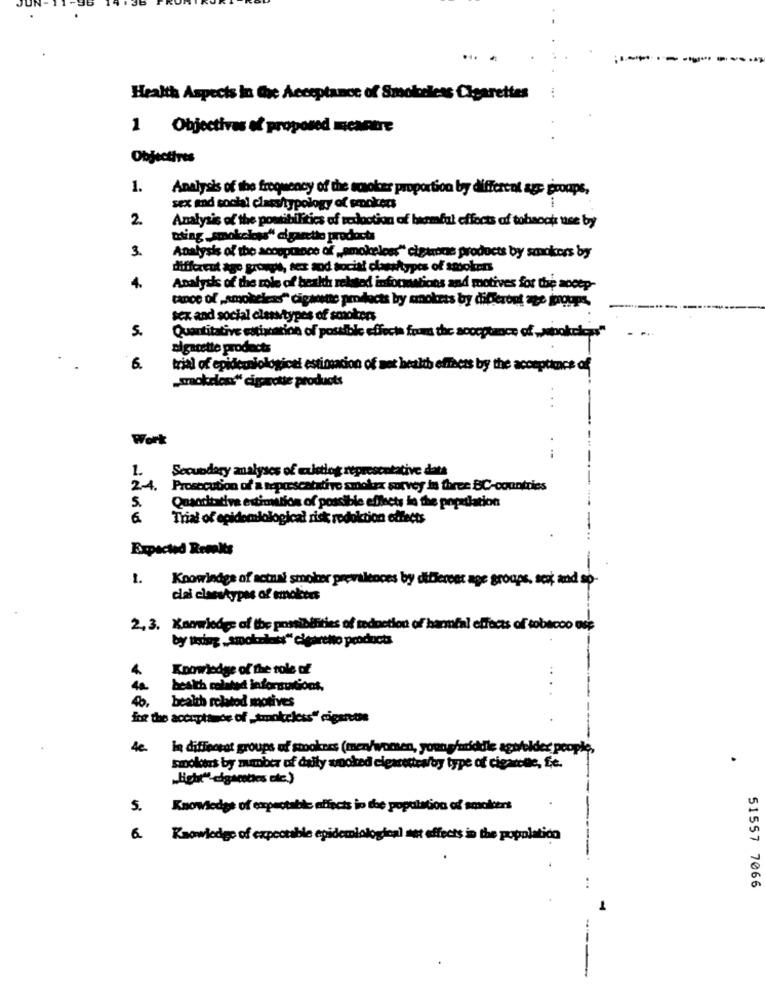
Health Aspects in Cre Acceptance of Smokeless Cigarettes
1 Objectives of proposed micamere
Objectives
1.
Analysis of the frequency of the smoker proportion by different age groups,
sex and social class/typology of srockers
2.
Analysis of the possibilities of redaction of barmfal effects of tobaook use by
thing ,smokekys" cigarette products
3.
Analysis of the acceptance of „smokelow" cigtone products by smokers by
different age grough, sex and social classtypes of smokers
4.
Analysis of the role of health related informations and motives for the accep-
tance of „smokeless" cigamine products by mmokres by different age groups
sex and social classtypes of smokers
.
Quantitative estimation of possible effects from the acceptance of „wokeless"
sigarette products
.
6.
trial of epidemiological estimation of set health effects by the acceptance of
„smokeless" cigarette products
Work
1.
Secundary analyses of existing representative dats
2-4. Prosecution of a teprescatativo smolax survey in three BC-countries
Quanditative estimation of possible effects in the population
5.
Trial of epidemiological risk redoktion effects
Expected Remalts
1.
Knowledge of actual smoker prevalences by different age groups, scot and so-
clai classtypes of smokers
2. 3. Kamwledge of the possibilities of todoction of harmfal effects of tobacco use
by thing ,smokeless" cigareto products
Knowledge of the role of
40
health related infortuntions,
40.
bealth relatod motives
ing the acceptance of _smokeless" ciganos
4e.
la diffporat groups of smokees (men/women, youngfariddie agbfelder people,
smokers by number of daily wooked elexrettes/by type of cigarette, fe.
„light" cigarettes die.)
5.
Knowledge of expectable effects in the population of smolders
Kaowiedge of expectable epidemiological met effects in the population
51557 7066